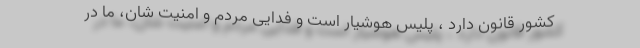
کشور قانون دارد ، پلیس هوشیار است و فدایی مردم و امنیت شان، ما در